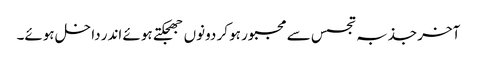
آخر جذبہ تجسس سے مجبور ہو کر دونوں جھجکتے ہوئے اندر داخل ہوئے۔